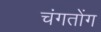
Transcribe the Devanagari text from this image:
चंगतोंग